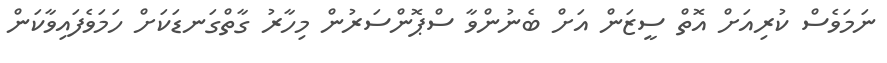
ނަމަވެސް ކުރިއަށް އޮތް ސީޒަން އަށް ބެނުންވާ ސްޕޮންސަރުން މިހާރު ގާތްގަނޑަކަށް ހަމަވެފައިވާކަން